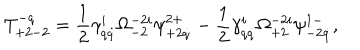
LaTeX: T _ { + 2 - 2 } ^ { - q } = \frac 1 2 \gamma _ { q \dot { q } } ^ { i } \Omega _ { - 2 } ^ { - 2 i } \psi _ { + 2 \dot { q } } ^ { 2 + } - \frac 1 2 \gamma _ { q \dot { q } } ^ { i } \Omega _ { + 2 } ^ { - 2 i } \psi _ { - 2 \dot { q } } ^ { 1 - } ,